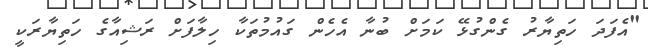
"އެފަދަ ހަތިޔާރު ގެންގުޅޭ ކަމަށް ބުނާ އެހެން ގައުމުތަކާ ހިލާފަށް ރަޝިއާގެ ހަތިޔާރަކީ